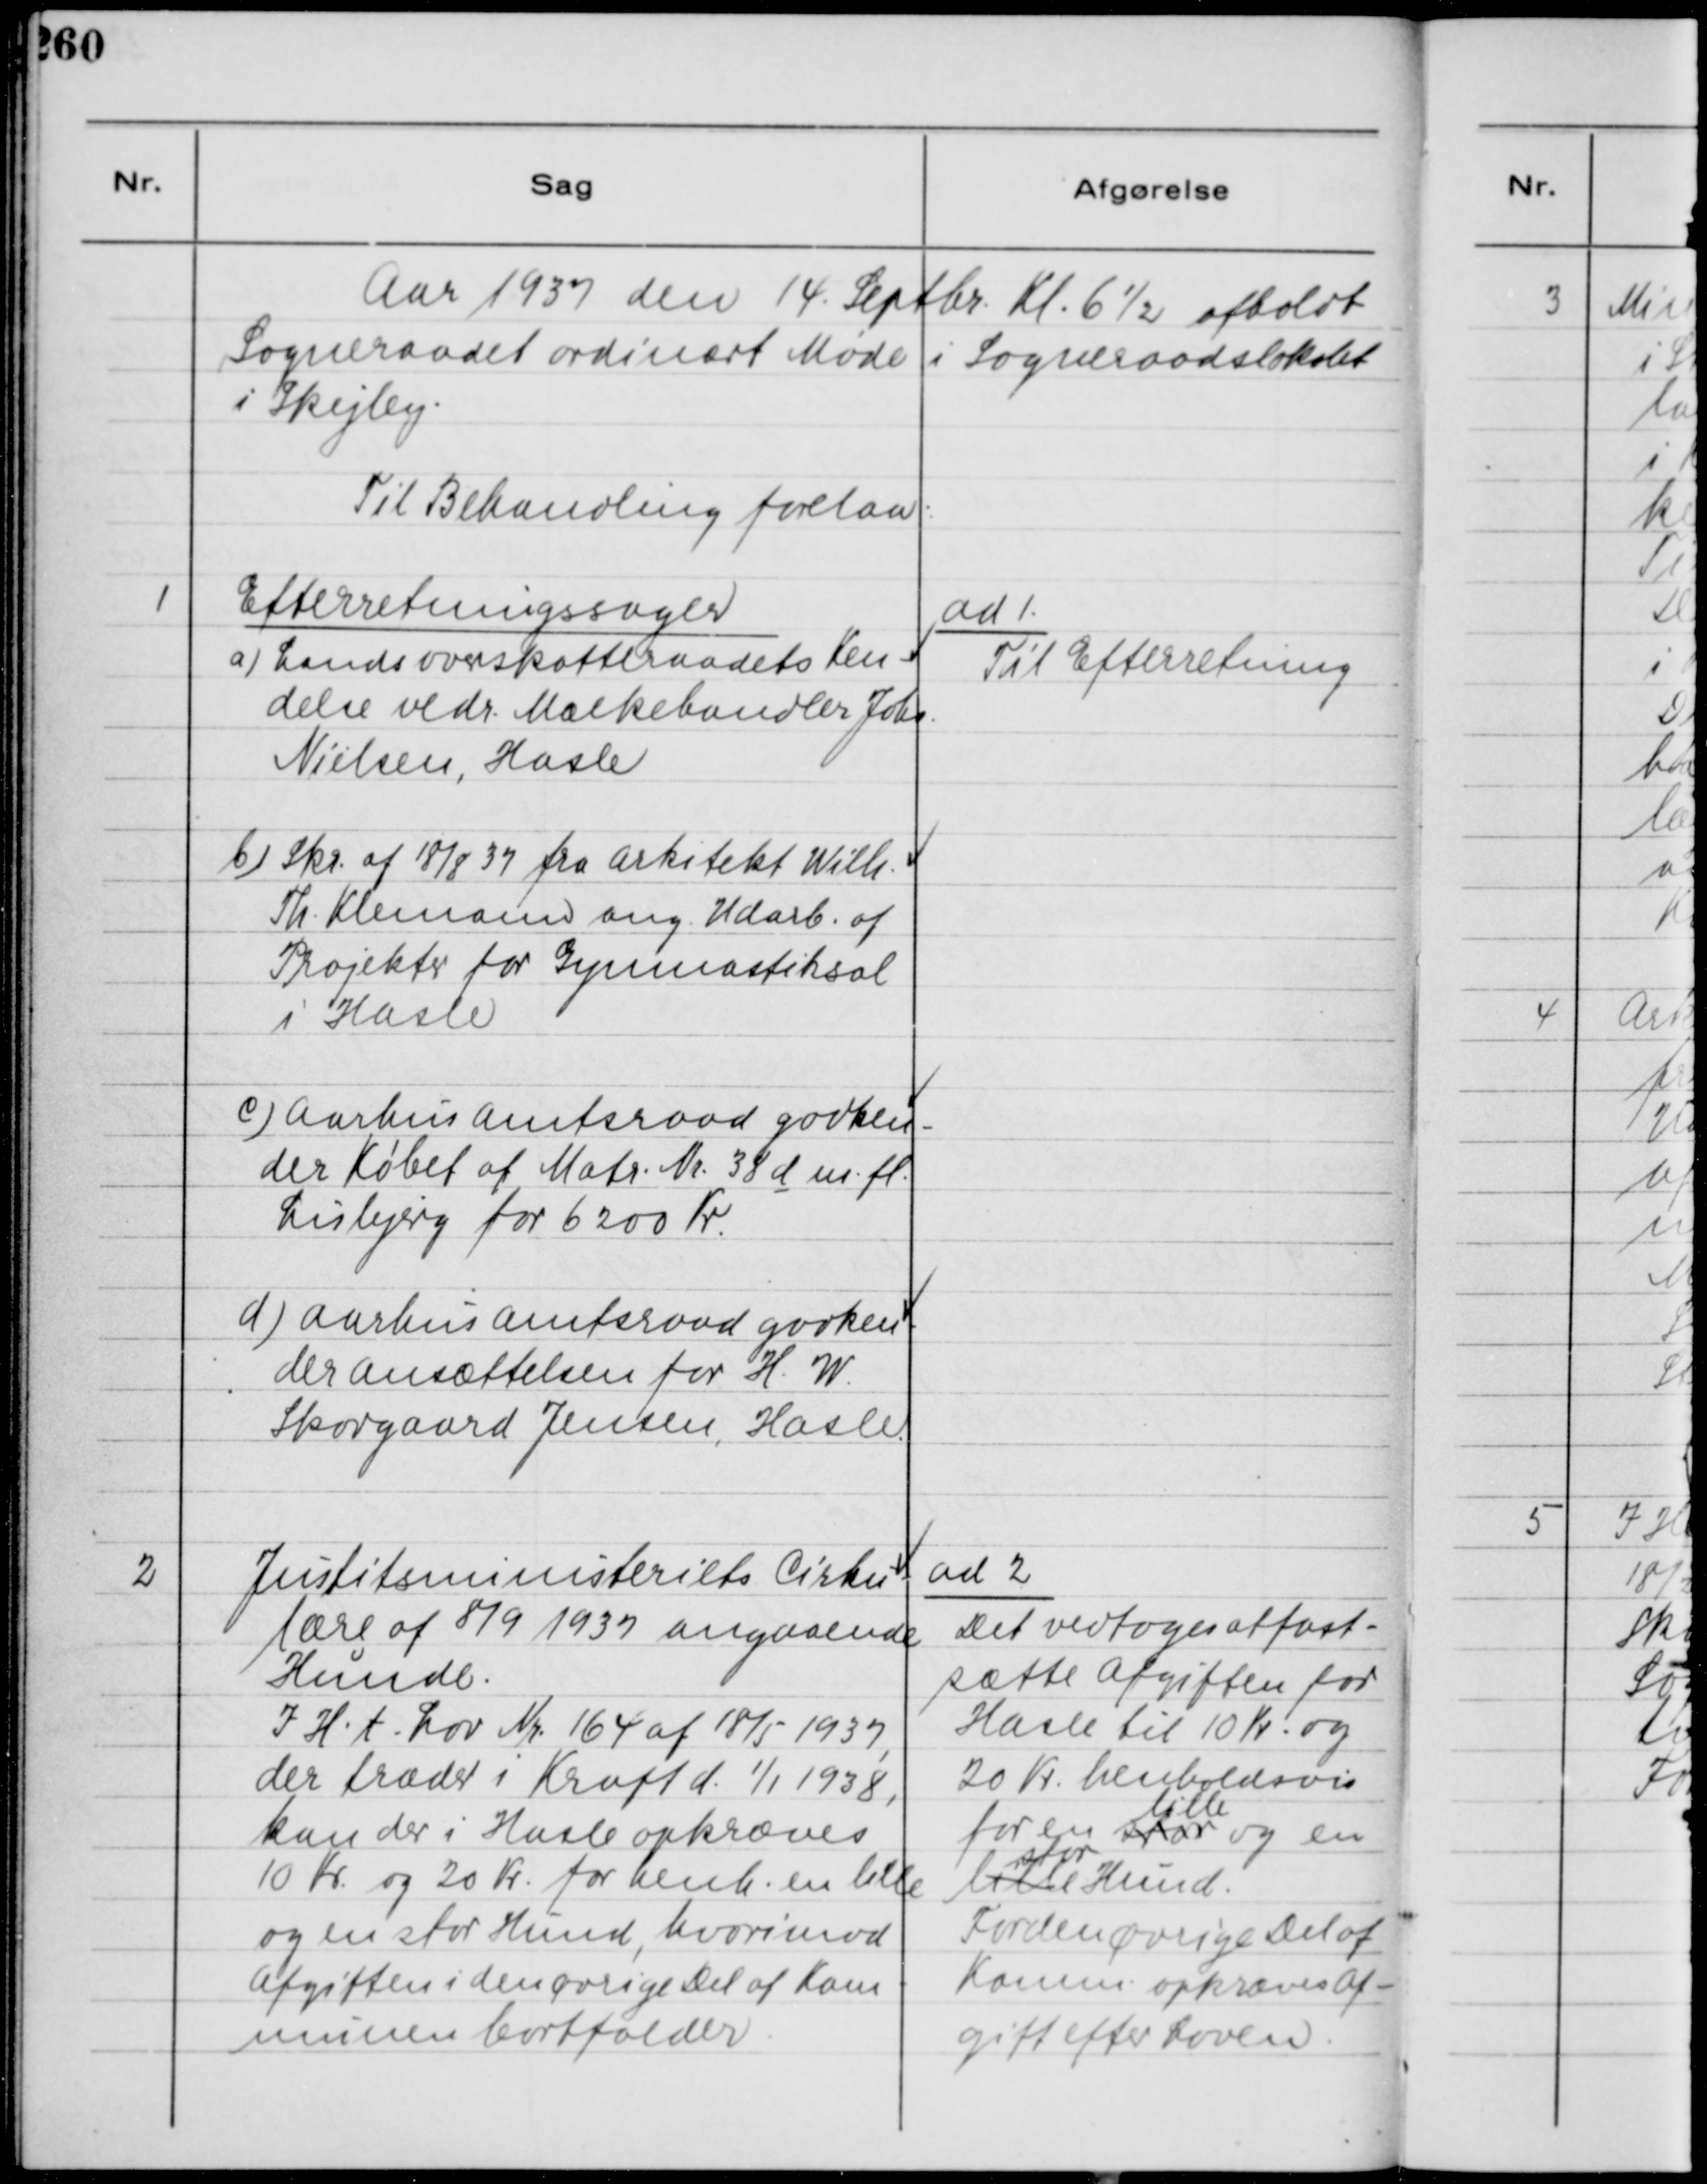
Transskription:
Aar 1937 den 14. Septbr. Kl. 6½ afholdt
Sogneraadet ordinært Møde i Sogneraadslokalet
i Skejby.
Til Behandling forelaa:

1
Efterretningssager
a) Landsoverskatteraadets Ken-
delse vedr. Mælkehandler Johs.
Nielsen, Hasle
b) Skr. af 18/8 37 fra Arkitekt Willi
Th. Klemann ang. Udarb. af
Projekter for Gymnastiksal
i Hasle
c) Aarhus Amtsraad godken-
der Købet af Matr. Nr. 38 d m.fl.
Lisbjerg for 6200 Kr.
d) Aarhus Amtsraad godkend-
der ansættelsen for H. W.
Skovgaard Jensen, Hasle.

ad 1.
Til Efterretning

2
Justitsministeriets Cirku-
lære af 8/9 1937 angaaende
Hunde.
I H. t. Lov Nr. 164 af 18/5 1937,
der træder i Kraft d. 1/1 1938,
kan der i Hasle opkræves
10 Kr. og 20 Kr. for henh. en lille
og en stor Hund, hvorimod
Afgiften i den øvrige Del af Kom-
munen bortfalder.

ad 2
Det vedtoges atfast-
sætte Afgiften for
Hasle til 10 Kr. og
20 Kr. henholdsvis
for en stor
lille
og en
lille
stor
Hund.
For den øvrige Del af
Komm. opkræves Af-
gift efter Loven.